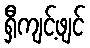
ရှီကျင့်ဖျင်